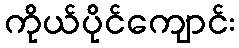
ကိုယ်ပိုင်ကျောင်း